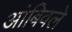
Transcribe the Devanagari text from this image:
आंबिवले